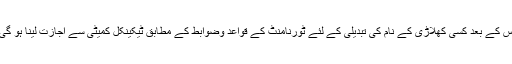
اس کے بعد کسی کھلاڑی کے نام کی تبدیلی کے لئے ٹورنامنٹ کے قواعد وضوابط کے مطابق ٹیکینکل کمیٹی سے اجازت لینا ہو گی۔